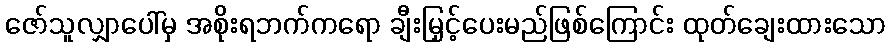
ဇော်သူလျှာပေါ်မှ အစိုးရဘက်ကရော ချီးမြှင့်ပေးမည်ဖြစ်ကြောင်း ထုတ်ချေးထားသော